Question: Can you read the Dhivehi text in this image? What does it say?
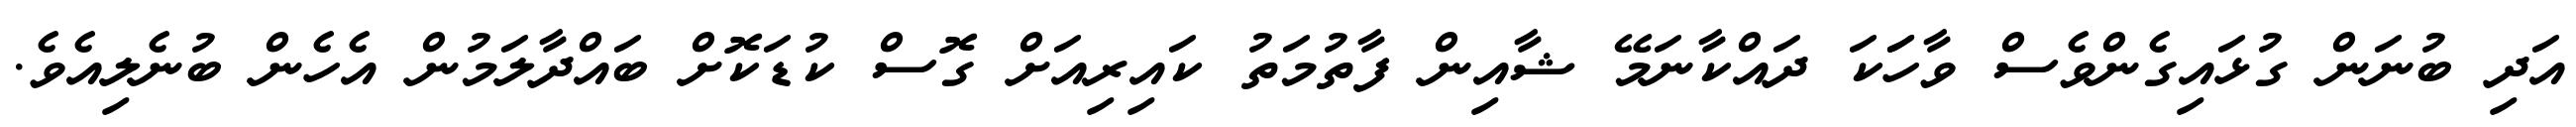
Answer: އަދި ބުނަން ގުޅައިގެންވެސް ވާހަަކަ ދައްކާނަމޭ ޝާއިން ފާތުމަތު ކައިރިއަށް ގޮސް ކުޑަކޮށް ބައްދާލަމުން އެހެން ބުނެލިއެވެ.